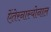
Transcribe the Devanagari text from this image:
ऐंतेरनास्योनाल